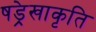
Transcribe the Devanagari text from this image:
षड्रेखाकृति